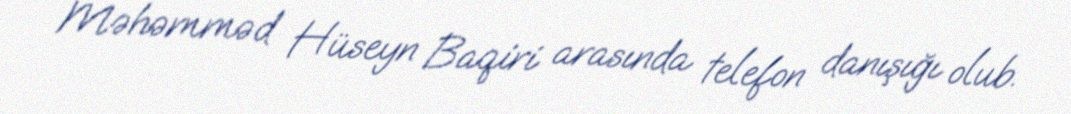
Məhəmməd Hüseyn Baqiri arasında telefon danışığı olub.